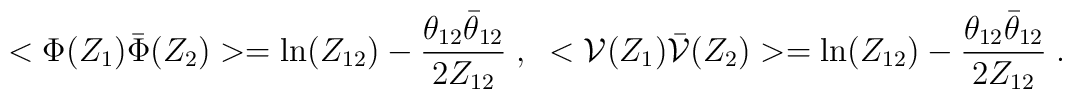
<\Phi(Z_1){\bar \Phi}(Z_2)>= \mbox{ln} (Z_{12}) -{\theta_{12} \bar\theta_{12} \over 2 Z_{12}}\;, \;\;<{\cal V}(Z_1){\bar {\cal V}}(Z_2)>= \mbox{ln} (Z_{12}) -{\theta_{12} \bar\theta_{12} \over 2 Z_{12}}\;.